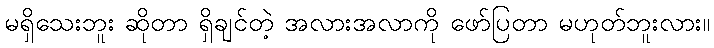
မရှိသေးဘူး ဆိုတာ ရှိချင်တဲ့ အလားအလာကို ဖော်ပြတာ မဟုတ်ဘူးလား။